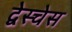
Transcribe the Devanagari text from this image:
द्वेस्चेस